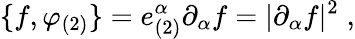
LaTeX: \{ f,\varphi_{(2)}\} =e_{(2)}^{\alpha}\partial_{\alpha}f=|\partial_{\alpha}f|^{2}\; ,